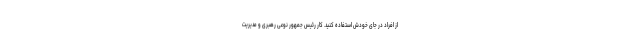
از افراد در جای خودش استفاده کنید. کار رئیس جمهور نوعی رهبری و مدیریت